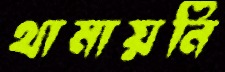
থামায়নি